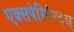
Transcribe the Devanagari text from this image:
एक्सपेरिमेन्ट्‌स्